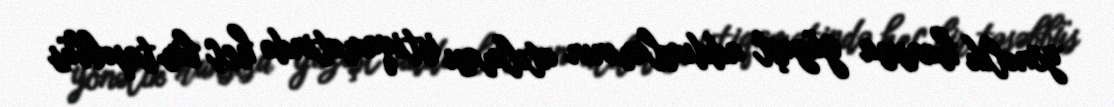
yönəlik hansısa güzəşt addımlarının atılması istiqamətində heç bir təşəbbüs